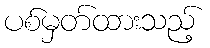
ပစ်မှတ်ထားသည့်